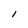
Character: l